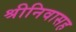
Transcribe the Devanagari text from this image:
श्रीनिवासह